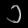
Digit: ၁